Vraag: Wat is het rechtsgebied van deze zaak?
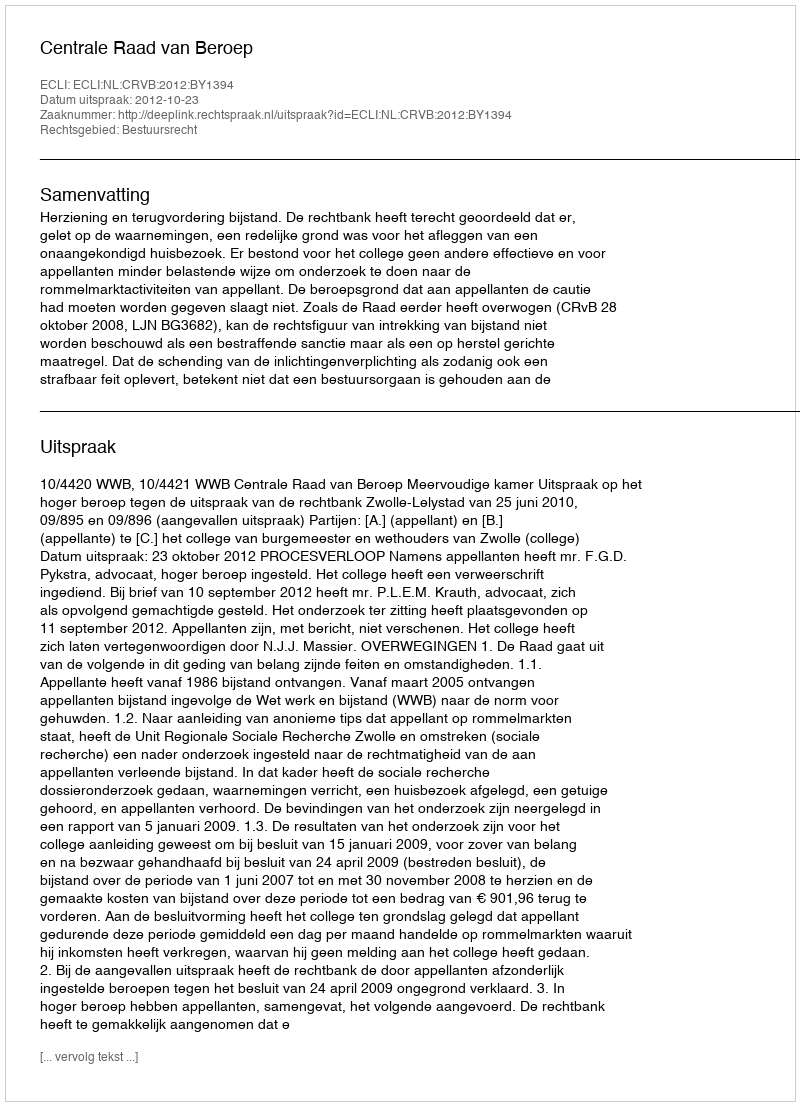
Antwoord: Bestuursrecht